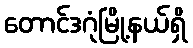
တောင်ဒဂုံမြို့နယ်ရှိ